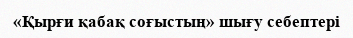
«Қырғи қабақ соғыстың» шығу себептері